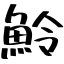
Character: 魿